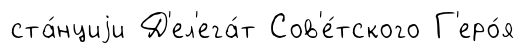
ста́нциjи Д'ел'ега́т Сов'е́тского Г'еро́я